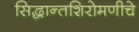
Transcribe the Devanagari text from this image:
सिद्धान्तशिरोमणीचे